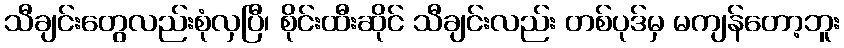
သီချင်းတွေလည်းစုံလှပြီ၊ စိုင်းထီးဆိုင် သီချင်းလည်း တစ်ပုဒ်မှ မကျန်တော့ဘူး